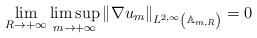
LaTeX: \begin{align*} \lim_{R\to +\infty} \limsup_{m\to +\infty} \left\| \nabla u_m \right\|_{L^{2,\infty}\left({\mathbb A}_{m,R}\right)} = 0 \end{align*}